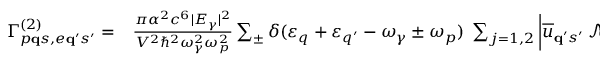
\begin{array} { r l } { \Gamma _ { p { \bf q } s , e { \bf q } ^ { \prime } s ^ { \prime } } ^ { ( 2 ) } = } & { { } \frac { \pi \alpha ^ { 2 } c ^ { 6 } | E _ { \gamma } | ^ { 2 } } { V ^ { 2 } \hbar ^ { 2 } \omega _ { \gamma } ^ { 2 } \omega _ { p } ^ { 2 } } \sum _ { \pm } \delta ( \varepsilon _ { q } + \varepsilon _ { q ^ { \prime } } - \omega _ { \gamma } \pm \omega _ { p } ) \; \sum _ { j = 1 , 2 } \bigg | \overline { { u } } _ { { \bf q } ^ { \prime } s ^ { \prime } } \, \mathcal { M } _ { j } ^ { \pm } ( { \bf q } , { \bf q } ^ { \prime } ) \, v _ { { \bf q } s } \bigg | ^ { 2 } , } \end{array}